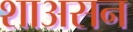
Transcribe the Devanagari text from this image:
शाअसन